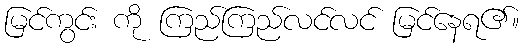
မြင်ကွင်း ကို ကြည်ကြည်လင်လင် မြင်နေရ၏။